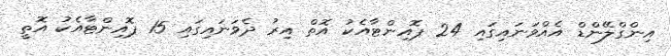
އިންގްލޭންޑް އެއްވަނައިގައި 24 ޕޮއިންޓާއެކު އޮތް އިރު ދެވަނައިގައި 15 ޕޮއިންޓާއެކު އޮތީ